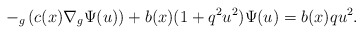
\begin{align*}-_{g}\left( c(x)\nabla_{g}\Psi(u)\right) +b(x)(1+q^{2}u^{2})\Psi(u)=b(x)qu^{2}. \end{align*}